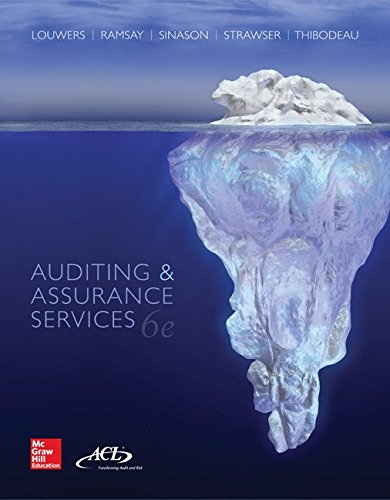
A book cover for Auditing & Assurance Services with ACL Software Student CD-ROM with Connect (Auditing and Assurance Services); Timothy Louwers; Business & Money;